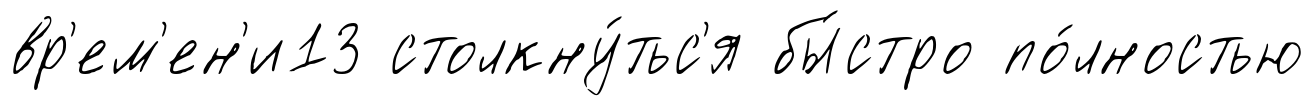
вр'ем'ен'и13 столкну́тьс'я бы́стро по́лностью